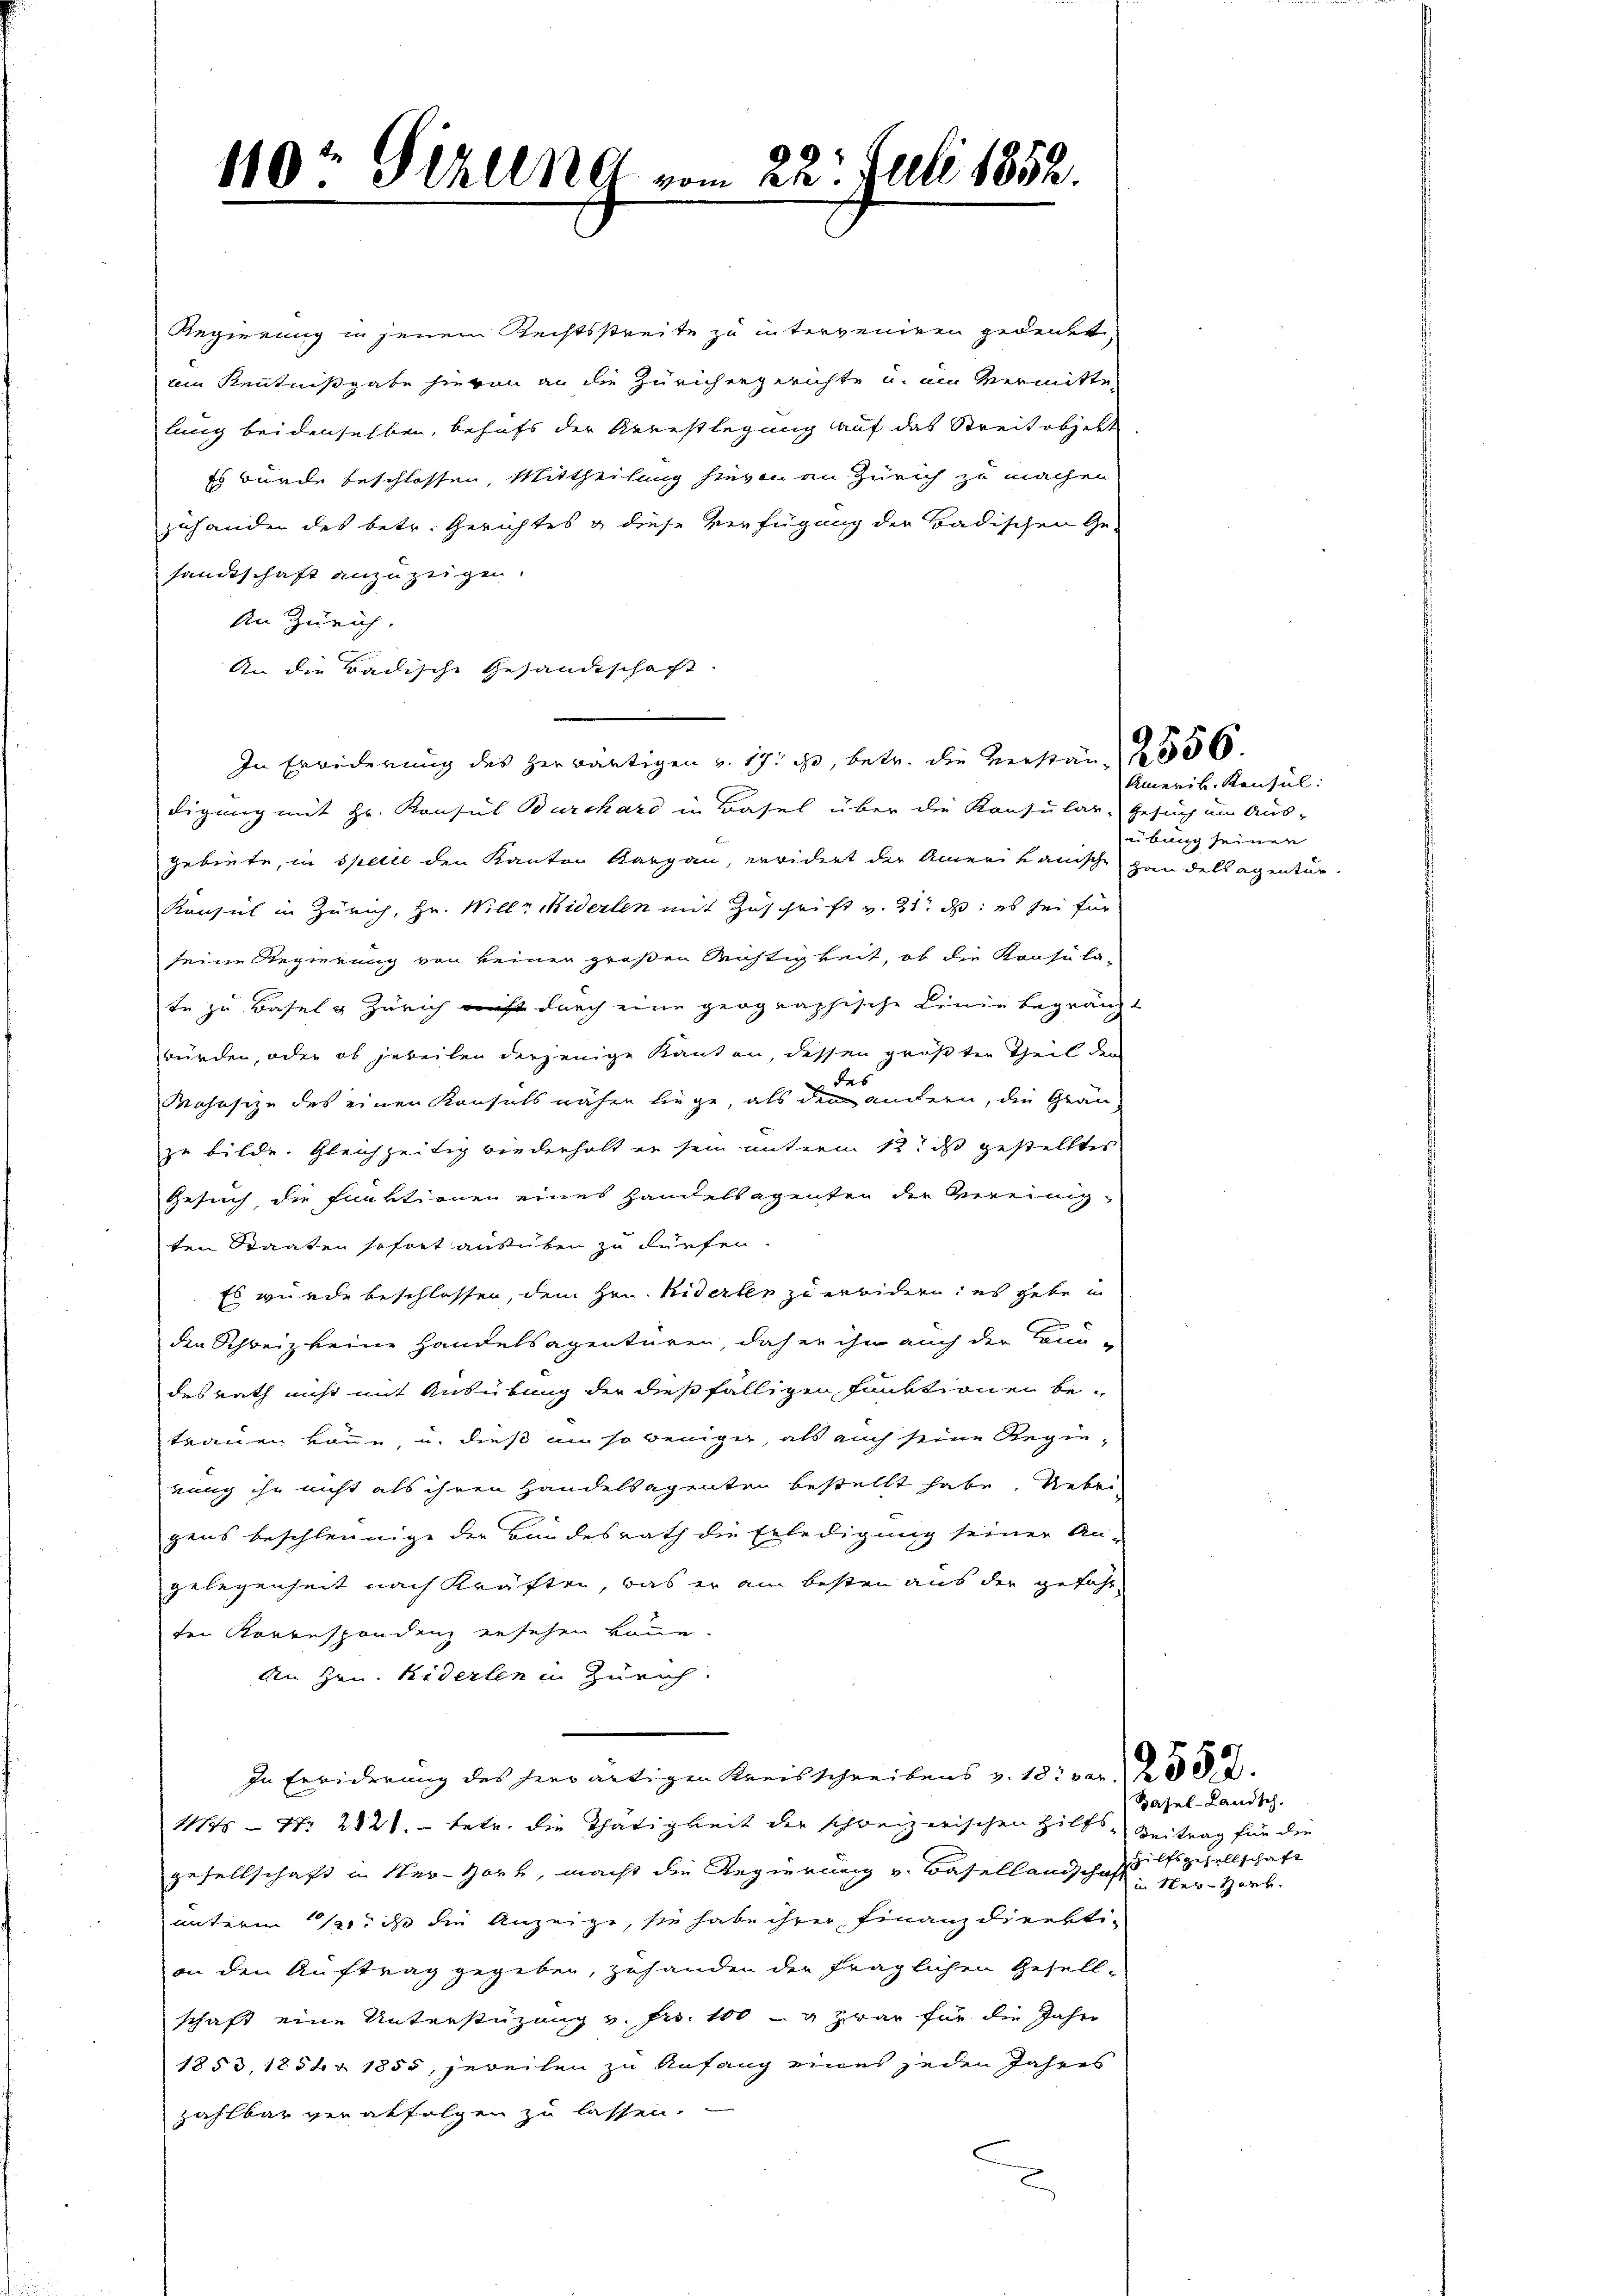
110 Gizlena vom 22. Juli 1852.
d

Regierung in jenem Rechtsstreite zu interveniren gedenkt,
ain Kenntnißgabe hievon an die Zürichergerichte u. am Vermitte
lung beidenselben, behufs der Arrestlegung auf das Streitobjekt
Es wurde beschlossen, Mittheilung hievon an Zürich zu machen
zuhanden des betr. Gerichtes & diese Verfügung der Badischen Ge-
sandtschaft anzuzeigen.
An Zürich.
An die Badische Gesandtschaft.
digung mit Hr. Konsul Burckhard in Basel über die Konsular: Gesuch um Aus-
gebiete, in specie den Kanton Aargau, erwidert der Amerikanische Handelsagentur.
Konseil in Zürich, Hr. Wille Widerlen mit Zuschrift v. 21. d. es sei für
seine Regierung von keiner großen Richtigkeit, ob die Konsula-
te zu Basel & Zürich nicht durch eine geographische Linie begränzt
würden, oder ob jebeilen derjenige Kanton, dessen größten Theil der
Fab
Pohnsize des einen Konsuls näher liege, als den andern, die Grauzu bilde. Gleichzeitig wiederholt er sein unterm 12t ds gestelltes
Gesuch die faktionen eines Handelsagenten der Vereinigten Staaten sofort ausüben zu dürfen.
Es wurde beschlossen, dem Hrn. Niderten zu erwidern: es gebe in
den Schweiz keine Handelsagentüren, daher ihn auch der Bun-
desrath nicht mit Ausübung der dießfälligen Funktionen be-
trauen könne, u. dieß in so weniger, als auch seine Regierung ihn nicht als ihren Handelsagenten bestellt habe. Ueber
gens beschleunige der Bundesrath die Erledigung seiner An-
gelegenheit nach Kräften, was er am besten aus der gefährten Korrespondenz ersehen könne.
An Hrn. Niderlen in Zürich.
In Erwiderung des herwärtigen Kreisschreibens v. 18. von 2. 552.
1175 - Nr. 2126. betr. die Thätigkeit der schweizerischen Hilfs- Beitrag für die
gesellschaft in Ner-Hork, macht die Regierung v. Basellandschaft in Ner-Hark.
unterm 12. ds die Anzeige, sie habe ihrer Finanzdirektian den Auftrag gegeben, zuhanden der fraglichen Gesell-
schaft eine Unterstüzung v. Fr. 100 - 4 zwar für die Jahre
1853, 1854r 1855, jeweilen zu Anfang eines jeden Jahres
zahlbar verabfolgen zu lassen.

In Erwiderung des herwärtigen v. 17. ds, betr. die verständ § 556.

Amerik. Konsul:
ubung seinen

Basel-Landsch
Hilfsgesellschaft